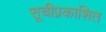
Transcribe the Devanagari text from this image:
सूचीप्रकाशित